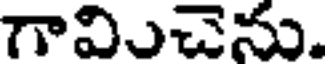
గావిుచెను.